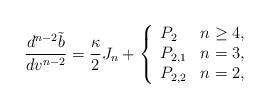
LaTeX: \begin{align*} \frac{d^{n-2}\tilde{b}}{dv^{n-2}}=\frac{\kappa}{2}J_n+\left\{ \begin{array}{ll} P_2 & n\geq 4,\\ P_{2,1} & n=3,\\ P_{2,2} & n=2, \end{array}\right.\end{align*}